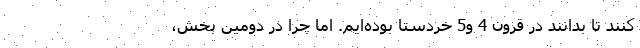
کنند تا بدانند در قرون 4 و5 خردستا بوده‌ایم. اما چرا در دومین بخش،